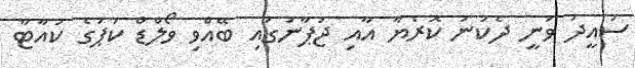
ސައީދު ވަނީ ދެކުނު ކޮރެޔާ އާއި ޖަޕާނުގައި ބޭއްވި ވޯލްޑް ކަޕުގެ ކުއާޓާ